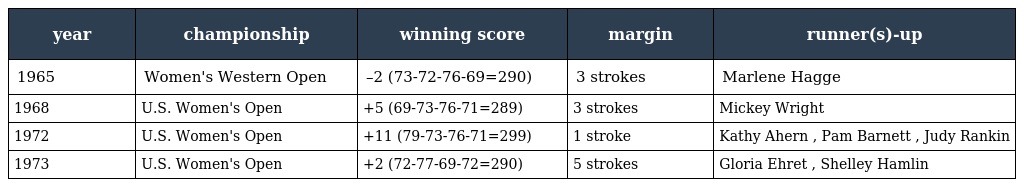
| year | championship | winning score | margin | runner(s)-up |
 | --- | --- | --- | --- | --- |
 | 1965 | Women's Western Open | –2 (73-72-76-69=290) | 3 strokes | Marlene Hagge |
 | 1968 | U.S. Women's Open | +5 (69-73-76-71=289) | 3 strokes | Mickey Wright |
 | 1972 | U.S. Women's Open | +11 (79-73-76-71=299) | 1 stroke | Kathy Ahern , Pam Barnett , Judy Rankin |
 | 1973 | U.S. Women's Open | +2 (72-77-69-72=290) | 5 strokes | Gloria Ehret , Shelley Hamlin |